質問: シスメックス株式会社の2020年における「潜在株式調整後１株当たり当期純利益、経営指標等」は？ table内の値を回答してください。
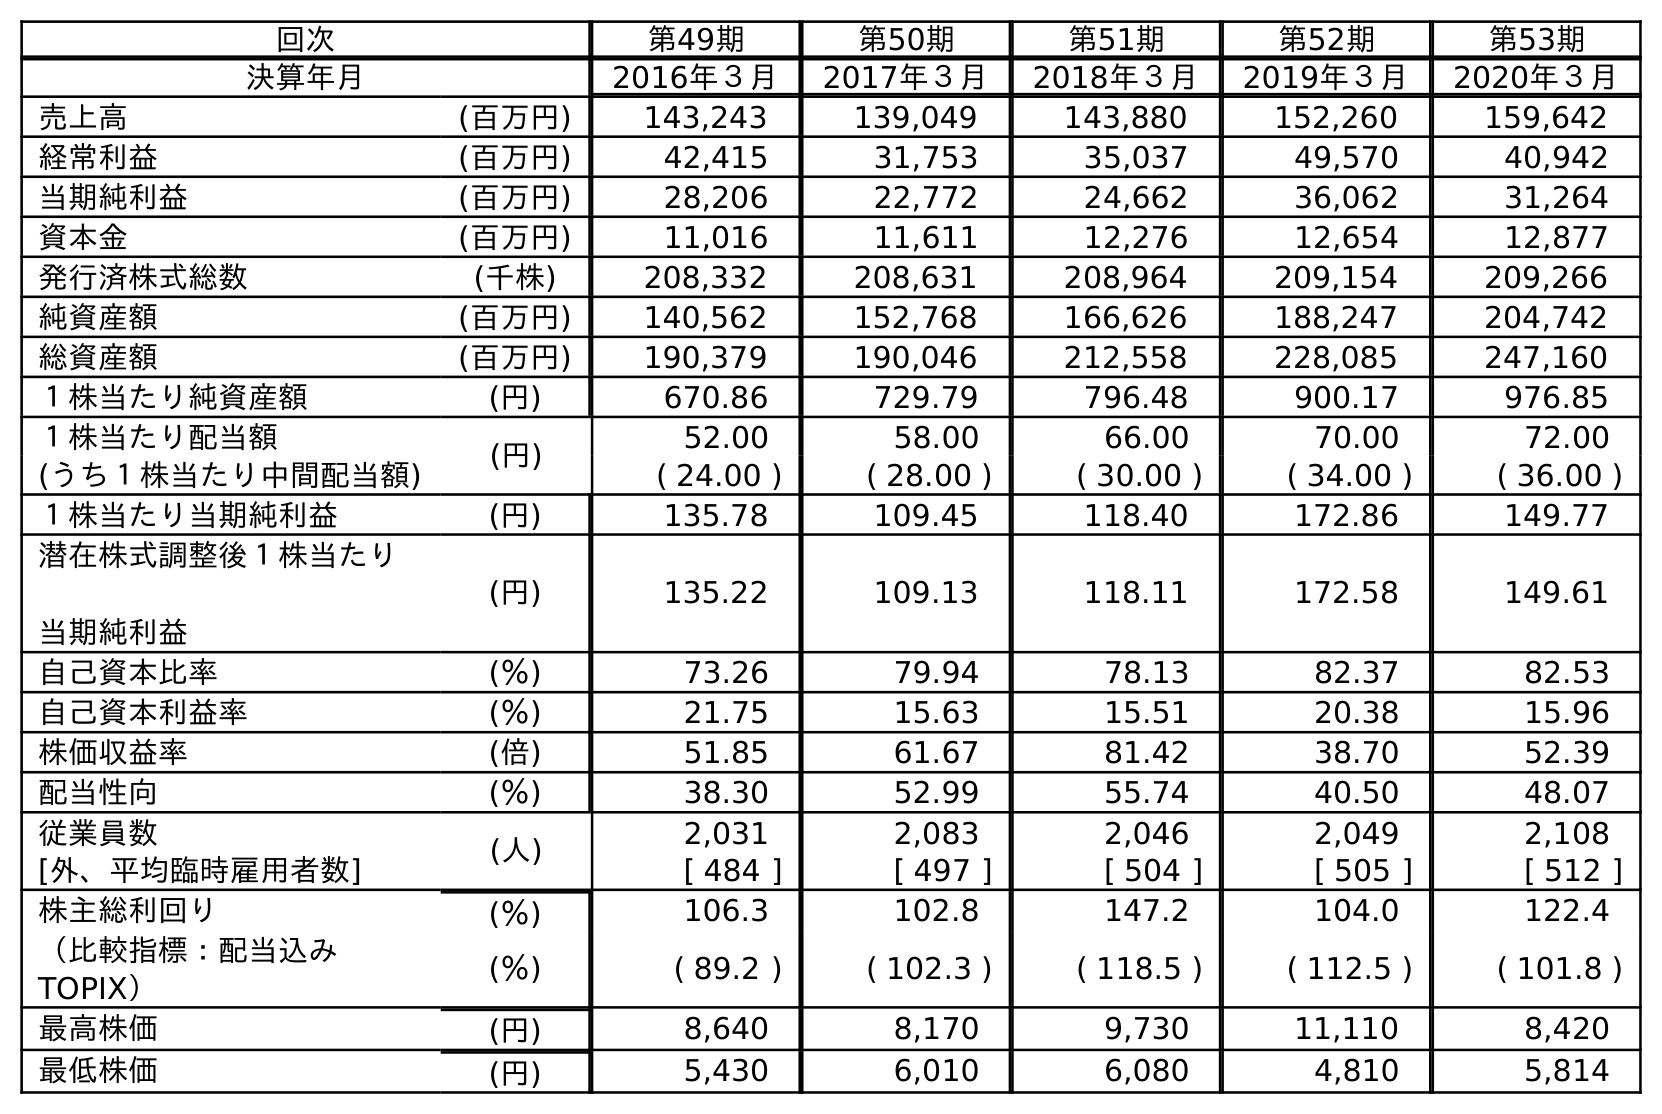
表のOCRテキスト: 回次 第49期 第50期 第51期 第52期 第53期 決算年月 2016年３月 2017年３月 2018年３月 2019年３月 2020年３月 売上高 (百万円) 143,243 139,049 143,880 152,260 159,642 経常利益 (百万円) 42,415 31,753 35,037 49,570 40,942 当期純利益 (百万円) 28,206 22,772 24,662 36,062 31,264 資本金 (百万円) 11,016 11,611 12,276 12,654 12,877 発行済株式総数 (千株) 208,332 208,631 208,964 209,154 209,266 純資産額 (百万円) 140,562 152,768 166,626 188,247 204,742 総資産額 (百万円) 190,379 190,046 212,558 228,085 247,160 １株当たり純資産額 (円) 670.86 729.79 796.48 900.17 976.85 １株当たり配当額 (円) 52.00 58.00 66.00 70.00 72.00 (うち１株当たり中間配当額) ( 24.00 ) ( 28.00 ) ( 30.00 ) ( 34.00 ) ( 36.00 ) １株当たり当期純利益 (円) 135.78 109.45 118.40 172.86 149.77 潜在株式調整後１株当たり 当期純利益 (円) 135.22 109.13 118.11 172.58 149.61 自己資本比率 (％) 73.26 79.94 78.13 82.37 82.53 自己資本利益率 (％) 21.75 15.63 15.51 20.38 15.96 株価収益率 (倍) 51.85 61.67 81.42 38.70 52.39 配当性向 (％) 38.30 52.99 55.74 40.50 48.07 従業員数 (人) 2,031 2,083 2,046 2,049 2,108 [外、平均臨時雇用者数] [ 484 ] [ 497 ] [ 504 ] [ 505 ] [ 512 ] 株主総利回り (％) 106.3 102.8 147.2 104.0 122.4 （比較指標：配当込み TOPIX） (％) ( 89.2 ) ( 102.3 ) ( 118.5 ) ( 112.5 ) ( 101.8 ) 最高株価 (円) 8,640 8,170 9,730 11,110 8,420 最低株価 (円) 5,430 6,010 6,080 4,810 5,814
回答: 149.61